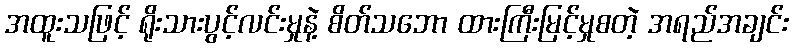
အထူးသဖြင့် ရိုးသားပွင့်လင်းမှုနဲ့ စိတ်သဘော ထားကြီးမြင့်မှုစတဲ့ အရည်အချင်း